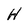
Character: H